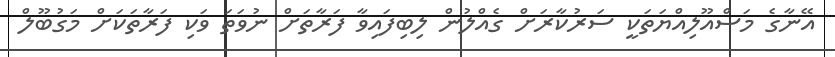
އޭނާގެ މަސްއޫލިއްޔަތަކީ ސަރުކާރަށް ގެއްލުން ލިބިފައިވާ ފަރާތަށް ނުވަތަ ވަކި ފަރާތަކަށް މަގުބޫލް